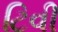
ટિવી